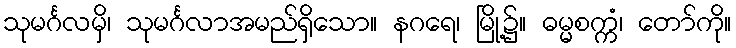
သုမင်္ဂလမှိ၊ သုမင်္ဂလာအမည်ရှိသော။ နဂရေ၊ မြို့၌။ ဓမ္မစက္ကံ၊ တော်ကို။